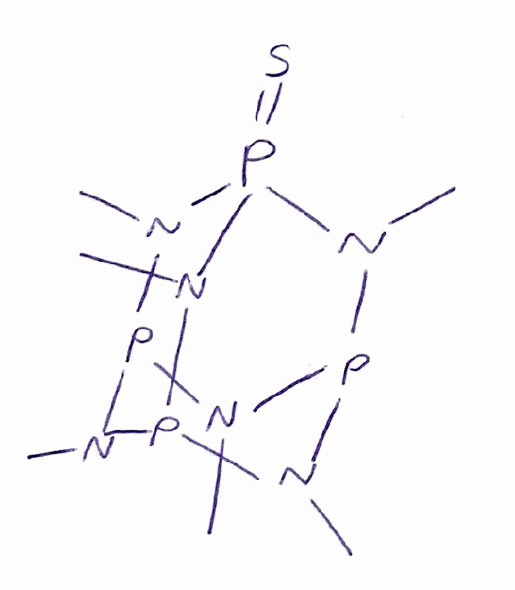
Simplified molecular-input line-entry system (SMILES) notation of the given molecule:
CN1P2N(P3N(P1N(P(=S)(N2C)N3C)C)C)C